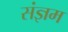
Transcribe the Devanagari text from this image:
संज्ञम